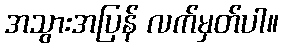
အသွားအပြန် လက်မှတ်ပါ။